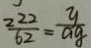
\frac { 2 2 2 } { 6 2 } = \frac { y } { a g }